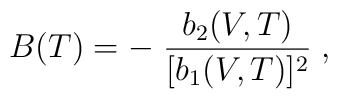
B(T)= -\; {b_2(V,T)\over [b_1(V,T)]^2}\;,